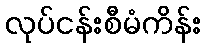
လုပ်ငန်းစီမံကိန်း